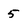
Character: 5